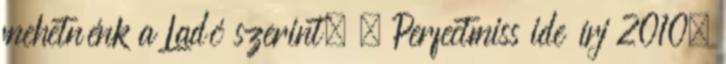
mehetnénk a Ladó szerint. – Perfectmiss ide írj 2010.